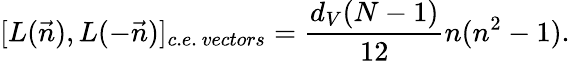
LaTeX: [L(\vec{n}),L(-\vec{n})]_{c.e.\ vectors}=\frac{d_{V}(N-1)}{12}n(n^{2}-1).